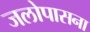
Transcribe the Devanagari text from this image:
जलोपासना